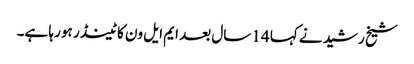
شیخ رشید نے کہا 14 سال بعد ایم ایل ون کا ٹینڈر ہو رہا ہے۔